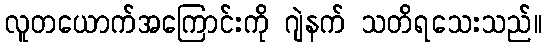
လူတယောက်အကြောင်းကို ဂျဲနက် သတိရသေးသည်။